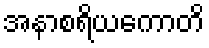
အနာစရိယကောတိ